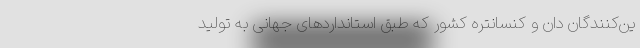
ین‌کنندگان دان و کنسانتره کشور که طبق استانداردهای جهانی به تولید